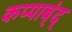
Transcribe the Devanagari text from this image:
कप्पाब्ंद्